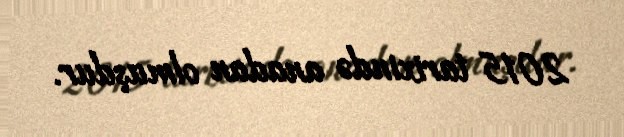
2015 tarixində anadan olmuşdur.